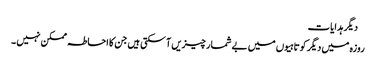
 دیگر ہدایات
روزہ میں دیگر کوتاہیوں میں بے شمار چیزیں آ سکتی ہیں جن کا احاطہ ممکن نہیں ۔